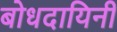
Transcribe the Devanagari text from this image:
बोधदायिनी